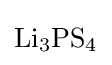
{\mathrm {Li} {\vphantom {A}}_{\smash[{t}]{3}}\mathrm {PS} {\vphantom {A}}_{\smash[{t}]{4}}}